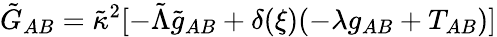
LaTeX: \tilde{G}_{AB}=\tilde{\kappa}^{2}[-\tilde{\Lambda}\tilde{g}_{AB}+\delta(\xi)({-\lambda g_{AB}+T_{AB}})]